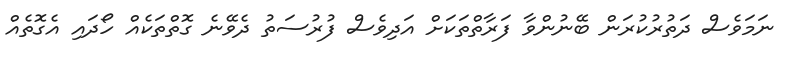
ނަމަވެސް ދަތުރުކުރަން ބޭނުންވާ ފަރާތްތަކަށް އަދިވެސް ފުރުސަތު ދެވޭނެ ގޮތްތަކެއް ހޯދައި އެގޮތެއް